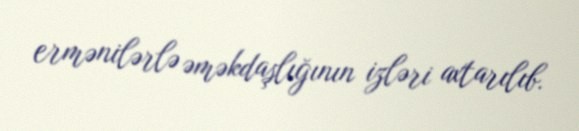
ermənilərlə əməkdaşlığının izləri axtarılıb.